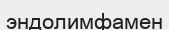
эндолимфамен